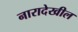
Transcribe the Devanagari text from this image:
नारादेखील